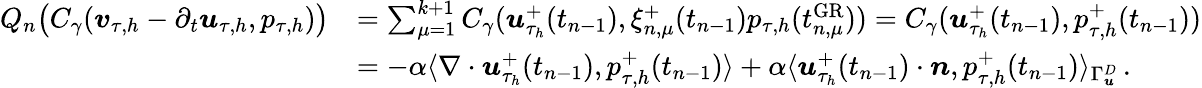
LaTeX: \begin{array}{rl}{Q_{n}\big(C_{\gamma}(\boldsymbol v_{\tau,h}-\partial_{t}\boldsymbol u_{\tau,h},p_{\tau,h})\big)}&{=\sum_{\mu=1}^{k+1}C_{\gamma}(\boldsymbol u_{\tau_{h}}^{+}(t_{n-1}),\xi_{n,\mu}^{+}(t_{n-1})p_{\tau,h}(t_{n,\mu}^{\mathrm{GR}}))=C_{\gamma}(\boldsymbol u_{\tau_{h}}^{+}(t_{n-1}),p_{\tau,h}^{+}(t_{n-1}))}\\ &{=-\alpha\langle\nabla\cdot\boldsymbol u_{\tau_{h}}^{+}(t_{n-1}),p_{\tau,h}^{+}(t_{n-1})\rangle+\alpha\langle\boldsymbol u_{\tau_{h}}^{+}(t_{n-1})\cdot\boldsymbol n,p_{\tau,h}^{+}(t_{n-1})\rangle_{\Gamma_{\boldsymbol u}^{D}}\, .}\end{array}